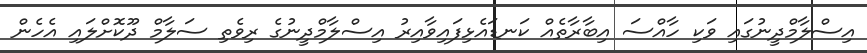
އިސްލާމްދީނުގައި ވަކި ހާއްސަ އިބާރާތެއް ކަނޑައެޅިފައިވާއިރު އިސްލާމްދީނުގެ ރިވެތި ސަލާމް ދޫކޮށްލައި އެހެން